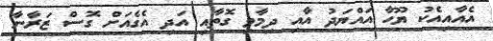
އެއާއިއެކު ޔޫހާ އައްޔަދު އާއި ދިމާވި ގޮތާއި އަދި އެގެއަށް ގޮސް ޒަރާނާ